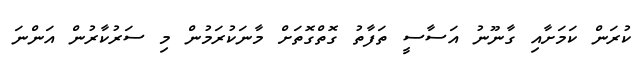
ކުރަން ކަމަށާއި ގާނޫނު އަސާސީ ތަފާތު ގޮތްގޮތަށް މާނަކުރަމުން މި ސަރުކާރުން އަންނަ